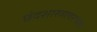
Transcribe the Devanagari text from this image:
छंदशास्त्रावरच्या